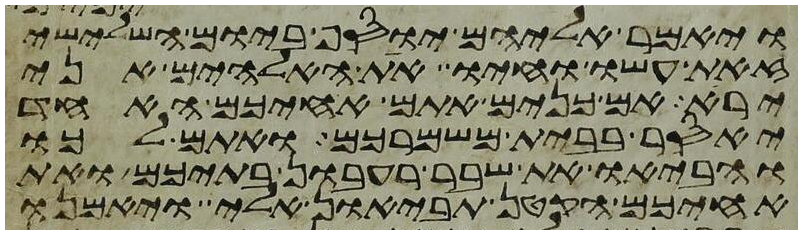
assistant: ויאמר אליהם יוסף ביום השלישי
זאת עשו וחיו את האלהים אני
ירא אם כנים אתם אחיכם האחד
יאסר בבית משמרכם ואתם לכו
והביאו את שבר רעבון בתיכם ואת
אחיכם הקטן תביאון אלי ויאמנו